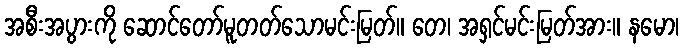
အစီးအပွားကို ဆောင်တော်မူတတ်သောမင်းမြတ်။ တေ၊ အရှင်မင်းမြတ်အား။ နမော၊